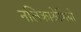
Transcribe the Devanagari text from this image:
नलिकाश्रेणियों